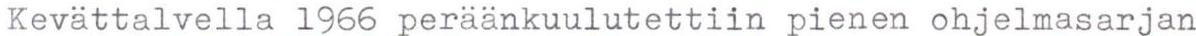
Kevättalvella 1966 peräänkuulutettiin pienen ohjelmasarjan